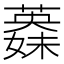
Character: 𦾇